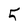
Character: 5